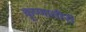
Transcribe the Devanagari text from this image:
कृष्णातीरी